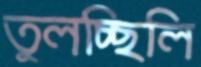
তুলচ্ছিলি